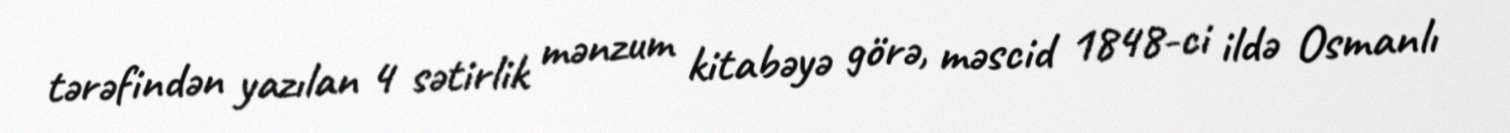
tərəfindən yazılan 4 sətirlik mənzum kitabəyə görə, məscid 1848-ci ildə Osmanlı